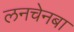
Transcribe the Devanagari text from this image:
लनचेनबा